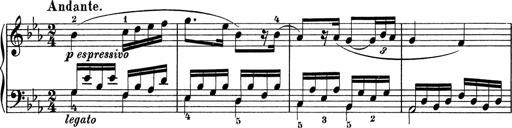
Title: 5 Sonatinen fÃ¼r die Jugend
Composer: Carl Reinecke